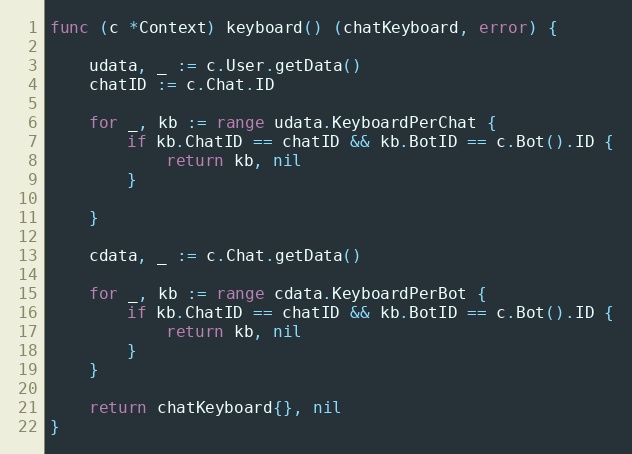
Language: Go
func (c *Context) keyboard() (chatKeyboard, error) {

	udata, _ := c.User.getData()
	chatID := c.Chat.ID

	for _, kb := range udata.KeyboardPerChat {
		if kb.ChatID == chatID && kb.BotID == c.Bot().ID {
			return kb, nil
		}

	}

	cdata, _ := c.Chat.getData()

	for _, kb := range cdata.KeyboardPerBot {
		if kb.ChatID == chatID && kb.BotID == c.Bot().ID {
			return kb, nil
		}
	}

	return chatKeyboard{}, nil
}